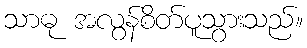
သာဓု အလွန်စိတ်ပူသွားသည်။